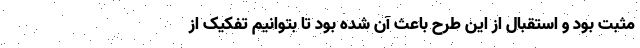
مثبت بود و استقبال از این طرح باعث آن شده بود تا بتوانیم تفکیک از